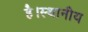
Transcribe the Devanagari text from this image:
है।स्थानीय